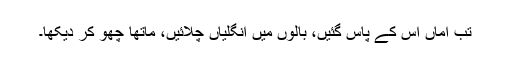
تب اماں اس کے پاس گئیں، بالوں میں انگلیاں چلائیں، ماتھا چھو کر دیکھا۔